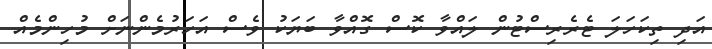
އަދި ތިކަހަލަ ޓެރެރިސްޓުން ލައްވާ ކޮސް ގޮއްވާ ބަޔަކު ވެސް އަހަރުމެންނަށް މުހިންމެއް